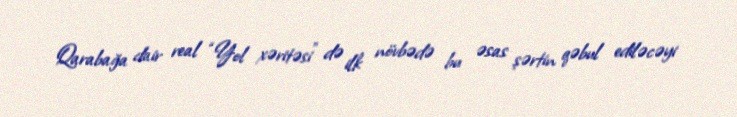
Qarabağa dair real “Yol xəritəsi” də ilk növbədə bu əsas şərtin qəbul ediləcəyi